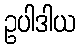
ဥပါဒါယ